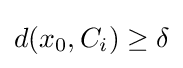
d(x_{0},C_{i})\geq \delta